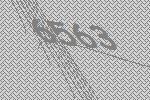
6563